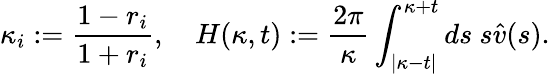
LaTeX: \kappa_{i}:=\frac{1-r_{i}}{1+r_{i}},\quad H(\kappa,t):=\frac{2\pi}\kappa\int_{|\kappa-t|}^{\kappa+t}ds\ s\hat{v}(s).